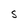
Character: S